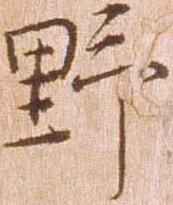
野